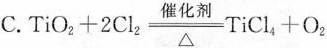
C.$$T i O _ { 2 } + 2 C l _ { 2 } \xlongequal [ △ ] { 催 化 剂 } T i C l _ { 4 } +O _ { 2 }$$